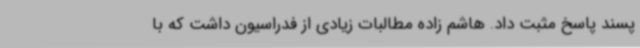
پسند پاسخ مثبت داد. هاشم زاده مطالبات زیادی از فدراسیون داشت که با